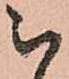
被